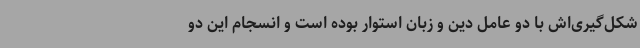
شکل‌گیری‌اش با دو عامل دین و زبان استوار بوده است و انسجام این دو